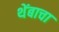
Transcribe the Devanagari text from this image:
थेंबाचा